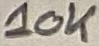
Text: 10K